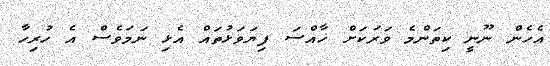
އެހެން ނޫނީ ކިތަންމެ ވަރަކަށް ޚާއްސަ ފިޔަވަޅުތައް އެޅި ނަމަވެސް އެ ހުރިހާ